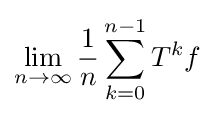
\lim _{n\rightarrow \infty }{\frac {1}{n}}\sum _{k=0}^{n-1}T^{k}f